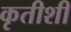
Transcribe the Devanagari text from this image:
कृतीशी